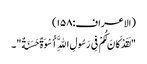
(الاعراف:۱۵۸)
"لَقَدْ کَانَ لَکُمْ فِی رَسُولِ اللَّهِ أُسْوَةٌ حَسَنَةٌ"۔